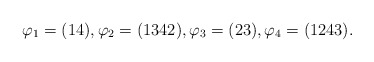
\begin{align*}\varphi_1=(14),\varphi_2=(1342),\varphi_3=(23),\varphi_4=(1243).\end{align*}